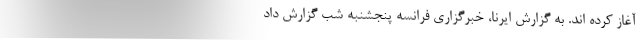
آغاز کرده‌ اند. به گزارش ایرنا، خبرگزاری فرانسه پنجشنبه شب گزارش داد